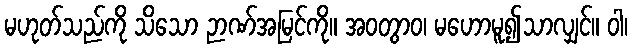
မဟုတ်သည်ကို သိသော ဉာဏ်အမြင်ကို။ အဝတွာဝ၊ မဟောမူ၍သာလျှင်။ ဝါ၊